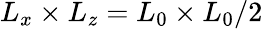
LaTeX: L_{x}\times L_{z}=L_{0}\times L_{0}/2